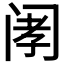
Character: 𫔲